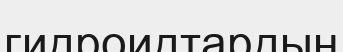
гидроидтардың